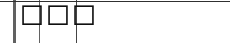
١٠٢